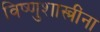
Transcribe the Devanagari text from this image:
विष्णुशास्त्रींना